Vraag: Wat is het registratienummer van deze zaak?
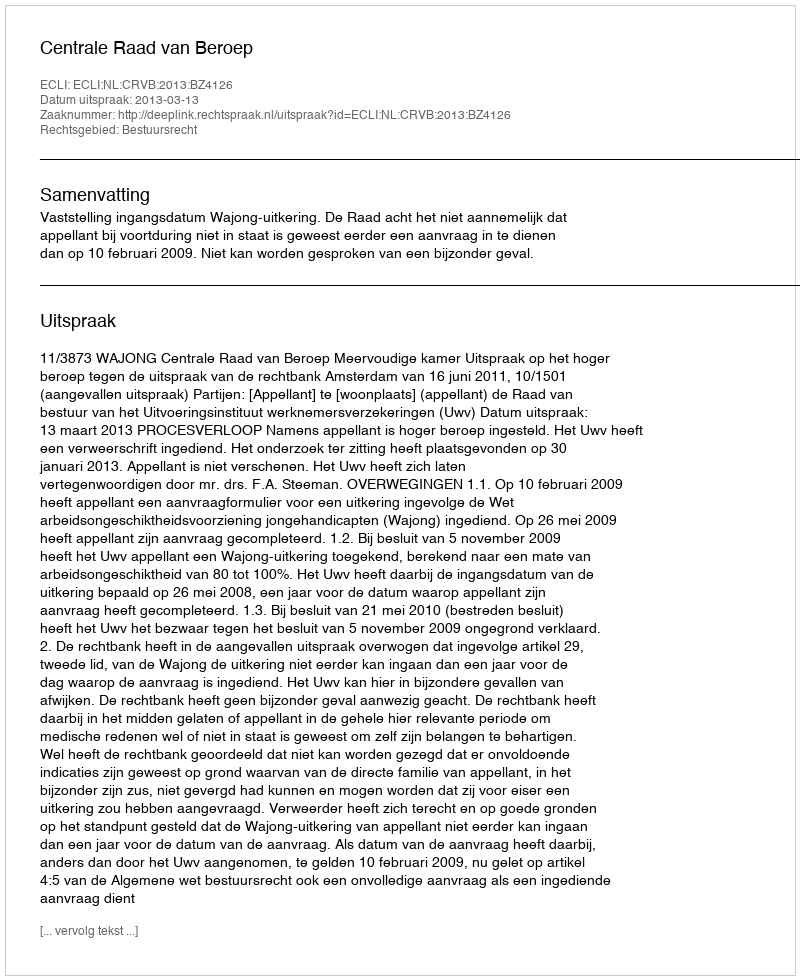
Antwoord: http://deeplink.rechtspraak.nl/uitspraak?id=ECLI:NL:CRVB:2013:BZ4126